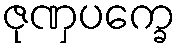
ဇုဏှပက္ခေ